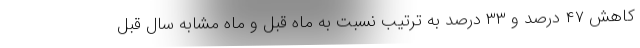
کاهش ۴۷ درصد و ۳۳ درصد به ترتیب نسبت به ماه قبل و ماه مشابه سال قبل